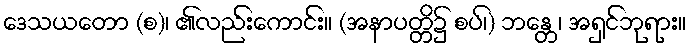
ဒေသယတော (စ)၊ ၏လည်းကောင်း။ (အနာပတ္တိ၌ စပ်၊) ဘန္တေ၊ အရှင်ဘုရား။